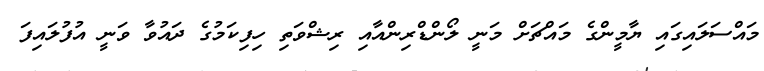
މައްސަލައިގައި ޔާމީންގެ މައްޗަށް މަނީ ލޯންޑްރިންއާއި ރިޝްވަތި ހިފިކަމުގެ ދައުވާ ވަނީ އުފުލައިފަ